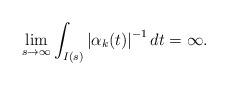
LaTeX: \begin{align*}\lim_{s\rightarrow\infty}\int\nolimits_{I(s)}\left\vert \alpha_{k}(t)\right\vert ^{-1}dt=\infty.\end{align*}